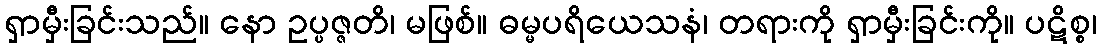
ရှာမှီးခြင်းသည်။ နော ဥပ္ပဇ္ဇတိ၊ မဖြစ်။ ဓမ္မပရိယေသနံ၊ တရားကို ရှာမှီးခြင်းကို။ ပဋိစ္စ၊